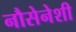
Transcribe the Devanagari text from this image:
नौसेनेशी